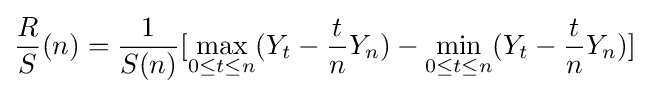
{\frac {R}{S}}(n)={\frac {1}{S(n)}}[\max _{0\leq t\leq n}(Y_{t}-{\frac {t}{n}}Y_{n})-\min _{0\leq t\leq n}(Y_{t}-{\frac {t}{n}}Y_{n})]